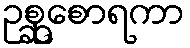
ဥစ္ဆုစောရကာ